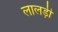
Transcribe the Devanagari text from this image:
लालड़ी